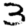
Digit: 3